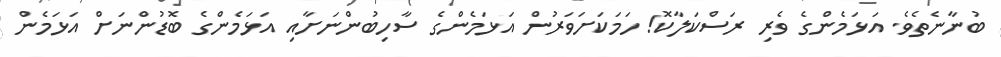
ބުނާނެތެވެ. އަޅަމެންގެ ވެރި ރަސްކަލާކޮ! ހަމަކަށަވަރުން އަޅަމެންގެ ސާހިބުންނަށާއި އަޅަމެންގެ ބޮޑުންނަށް އަޅަމެން